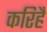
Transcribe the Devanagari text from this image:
करिहैं